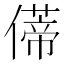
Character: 𫣥